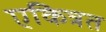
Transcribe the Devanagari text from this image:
एकित्रत